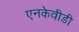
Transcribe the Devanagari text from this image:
एनकेवीडी